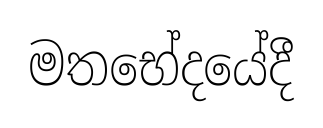
මතභේදයේදී